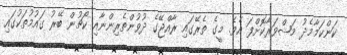
ކަންކަމާމެދު މަޝްވަރާކޮށްފަ އެވެ. މީގެ ތެރޭގައި ރާއްޖޭގެ ދުވުންތެރިންނާއި ކޯޗުން ބޭރު ގައުމުތަކުގައި